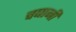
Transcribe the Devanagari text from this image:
चबानी